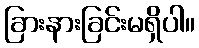
ခြားနားခြင်းမရှိပါ။